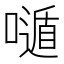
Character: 𡀷